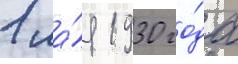
1 ма́я 1930 го́да